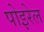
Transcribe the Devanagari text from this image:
पोइरेल